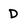
Character: D